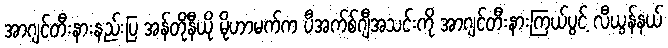
အာဂျင်တီးနားနည်းပြ အန်တိုနီယို မိုဟာမက်က ပီအက်စ်ဂျီအသင်းကို အာဂျင်တီးနားကြယ်ပွင့် လီယွန်နယ်